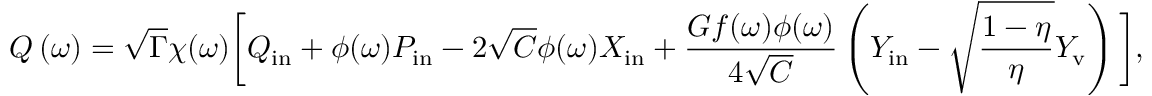
Q \ensuremath { \left( \omega \right) } = \sqrt { \Gamma } \chi ( \omega ) \bigg [ Q _ { \mathrm { i n } } + \phi ( \omega ) P _ { \mathrm { i n } } - 2 \sqrt { C } \phi ( \omega ) X _ { \mathrm { i n } } + \frac { G f ( \omega ) \phi ( \omega ) } { 4 \sqrt { C } } \left( Y _ { \mathrm { i n } } - \sqrt { \frac { 1 - \eta } { \eta } } Y _ { \mathrm { v } } \right) \bigg ] ,